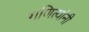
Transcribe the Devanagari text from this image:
गणित्यांनी